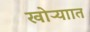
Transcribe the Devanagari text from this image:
खोऱ्याात